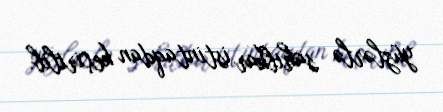
yüzlərlə sahibkar istintaqdan keçirilib.